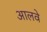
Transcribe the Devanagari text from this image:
आलवे